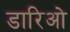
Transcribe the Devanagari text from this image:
डारिओ